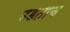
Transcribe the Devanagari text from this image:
उडताच